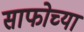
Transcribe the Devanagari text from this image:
साफोच्या